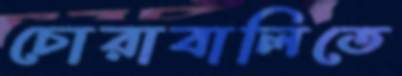
চোরাবালিতে